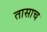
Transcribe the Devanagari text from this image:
तासाच